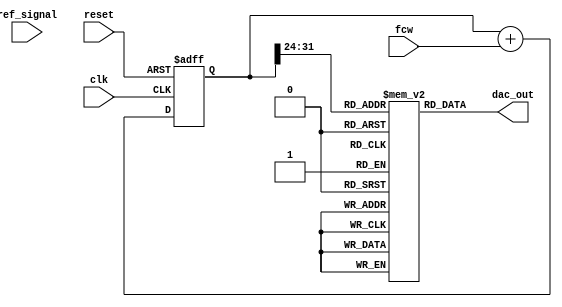
module DDS_PLL (
    input wire clk,               // System clock
    input wire reset,             // Reset signal
    input wire [31:0] fcw,        // Frequency Control Word
    input wire ref_signal,        // Reference signal for PLL
    output wire [11:0] dac_out    // DAC output (12-bit)
);

    // Parameters
    parameter PHASE_WIDTH = 32;   // Width of the phase accumulator
    parameter LUT_SIZE = 256;      // Size of the sine wave lookup table

    // Phase Accumulator
    reg [PHASE_WIDTH-1:0] phase_accumulator;
    wire [PHASE_WIDTH-1:0] phase_next;

    // Sine Wave Lookup Table
    reg [11:0] sine_lut [0:LUT_SIZE-1]; // 12-bit sine wave values
    initial begin
        // Initialize sine lookup table with precomputed values
        // This should be filled with actual sine values
        // Example: sine_lut[0] = 12'b000000000000; // sin(0)
        // Fill in the rest of the sine values...
    end

    // PLL Components
    reg [11:0] vco_output;         // Output of the VCO
    wire error_signal;             // Error signal from phase detector

    // Phase Accumulator Logic
    always @(posedge clk or posedge reset) begin
        if (reset) begin
            phase_accumulator <= 0;
        end else begin
            phase_accumulator <= phase_next;
        end
    end

    assign phase_next = phase_accumulator + fcw;

    // Sine Wave Lookup Table Output
    wire [11:0] sine_out;
    assign sine_out = sine_lut[phase_accumulator[PHASE_WIDTH-1:PHASE_WIDTH-8]]; // 8 LSBs for LUT address

    // DAC Output
    assign dac_out = sine_out;

    // PLL Logic (simplified)
    always @(posedge clk or posedge reset) begin
        if (reset) begin
            vco_output <= 0;
        end else begin
            // Simple phase detector (XOR for example)
            error_signal <= ref_signal ^ vco_output;

            // Low-pass filter (simple averaging for example)
            vco_output <= vco_output + (error_signal >> 1); // Adjust VCO based on error signal
        end
    end

endmodule